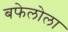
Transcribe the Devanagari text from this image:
बफेलोला